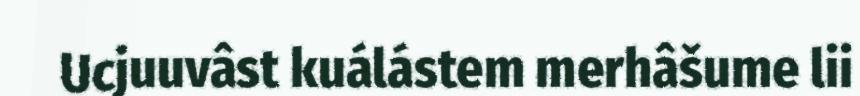
Ucjuuvâst kuálástem merhâšume lii